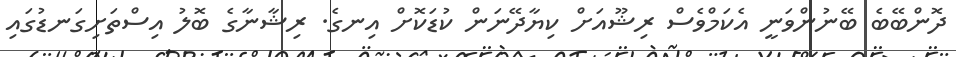
ދޮންބޭބެ ބޭނުންވަނީ އެކަމްވެސް ރިޝޫއަށް ކިޔާދޭނަން ކުޑަކޮށް އިނގެ. ރިޝާނާގެ ބޮލު އިސްތަށިގަނޑުގައި